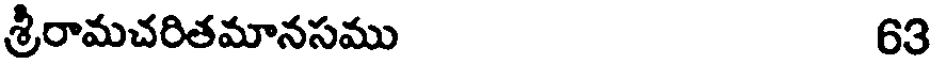
శ్రీరామచరితమానసము 63